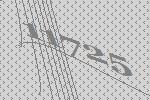
11725